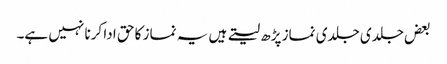
بعض جلدی جلدی نماز پڑھ لیتے ہیں یہ نماز کا حق ادا کرنا نہیں ہے۔